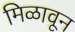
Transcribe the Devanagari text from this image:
मिळावून